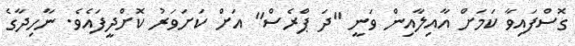
ގޮސްފައިވާ ކަމަށް އާއިލާއިން ވަނީ "ދަ ޕްރެސް" އަށް ކަށަވަރު ކޮށްދީފައެވެ. ނާހިދާގެ